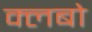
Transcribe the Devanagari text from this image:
क्लबो